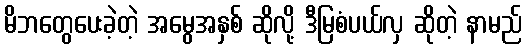
မိဘတွေပေးခဲ့တဲ့ အမွေအနှစ် ဆိုလို့ ဒီမြစံပယ်လှ ဆိုတဲ့ နာမည်